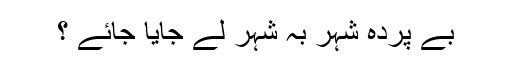
بے پردہ شہر بہ شہر لے جایا جائے ؟